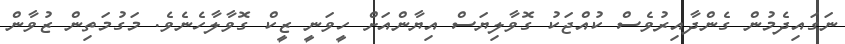
ނަގައިދެމުން ގެންދާއިރުވެސް ކުއްޖަކު ގޮވާލިޔަސް އިޔާންއަށް ހީވަނީ ޒީކް ގޮވާލާހެނެވެ. މަގުމަތިން ޒުވާން